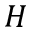
{ \cal H }